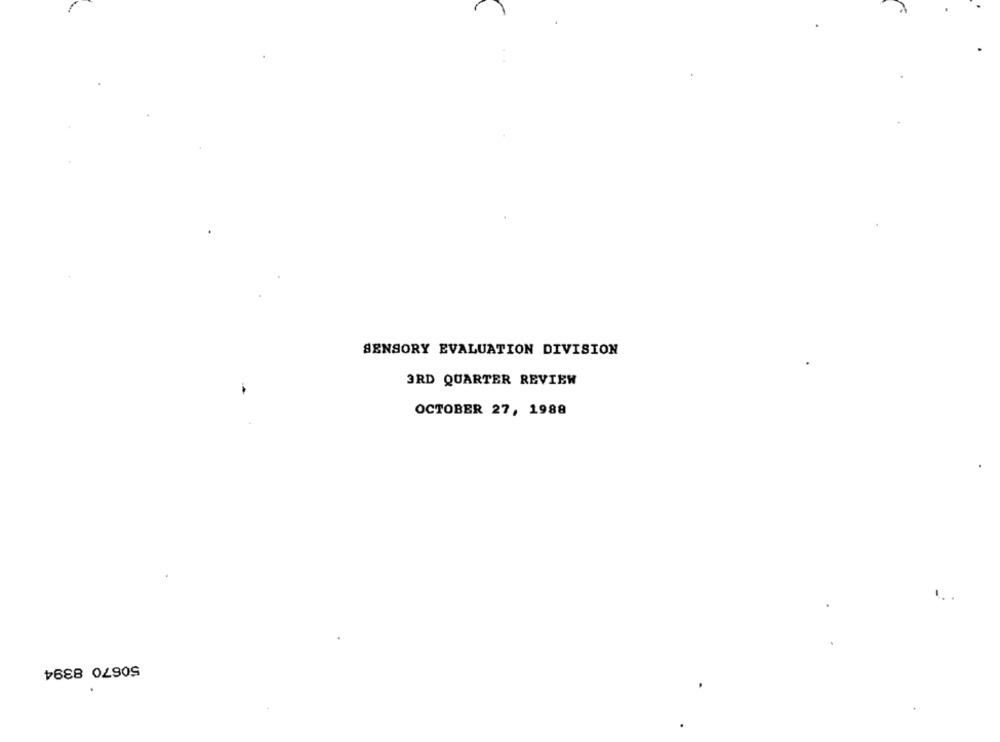
SENSORY EVALUATION DIVISION
3RD QUARTER REVIEW
OCTOBER 27, 1988
50670 8394